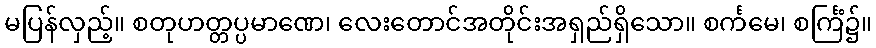
မပြန်လှည့်။ စတုဟတ္တပ္ပမာဏေ၊ လေးတောင်အတိုင်းအရှည်ရှိသော။ စင်္ကမေ၊ စင်္ကြံ၌။